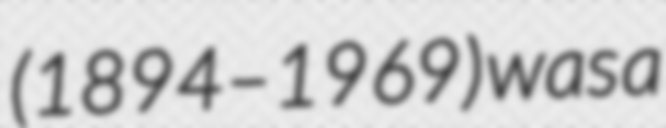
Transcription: (1894–1969) was a